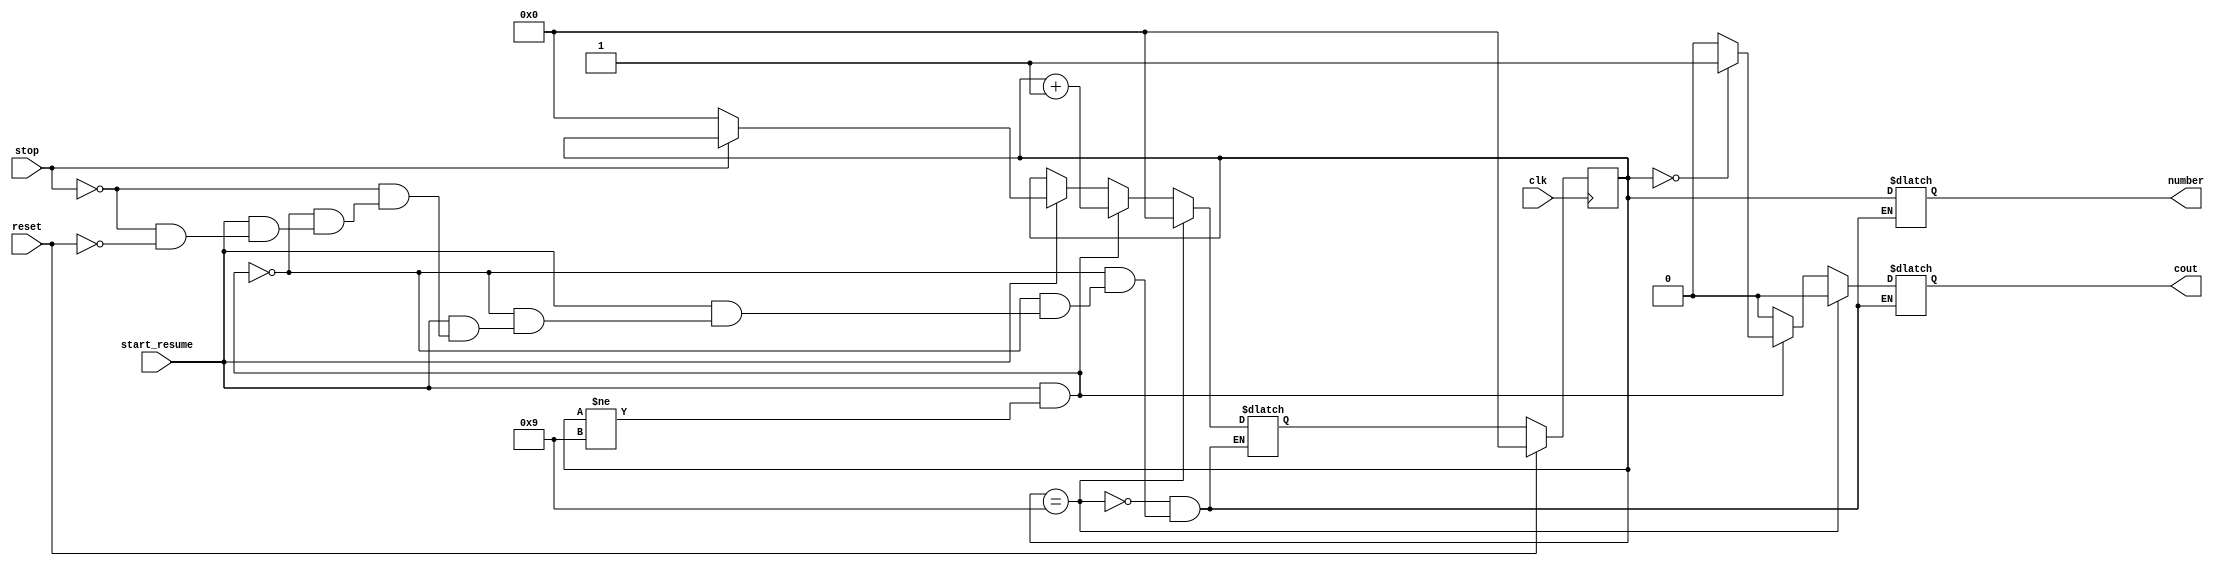
module Mod10Counter(
  output[3:0] number,
  output cout,
  input start_resume,reset, stop, clk
);

reg [3:0] current, next;
reg [3:0] number;
reg cout;

parameter zero =4'b0000,
  one=4'b0001,
  two=4'b0010,
  three=4'b0011,
  four=4'b0100,
  five=4'b0101,
  six=4'b0110,
  seven=4'b0111,
  eight=4'b1000,
  nine=4'b1001;

always @(current or start_resume or reset or stop) 
begin
  if(start_resume==1 && current != nine)
  begin
    if  (current == zero)
    begin
      cout = 1;
    end
    else
    begin
      cout = 0;
    end
    next=current + 1;
    number=current;
  end
  else if(start_resume==0)
  begin
    cout = 0;
    next=current;
    number=current;
  end
  else if(stop==1)
  begin
    cout = 0;
    next=current;
    number=current;
  end
  else if(reset==1) 
  begin
    cout = 0;
    next=zero;
    number=current;
  end

  //change this to for counter of different modulo
  if(current == nine)
  begin
    next = zero;
    cout = 0;
    number = current;
  end

end

always @(posedge clk)
begin
  begin
    if(reset==1)
      current <= zero;
    else
      current <= next;
  end
end
endmodule